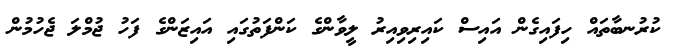
ކުރުނބާތައް ހިފައިގެން އައިސް ކައިރިވިއިރު ލީވާންގެ ކަންފަތުގައި އައިޒަންގެ ފަހު ޖުމްލަ ޖެހުމުން